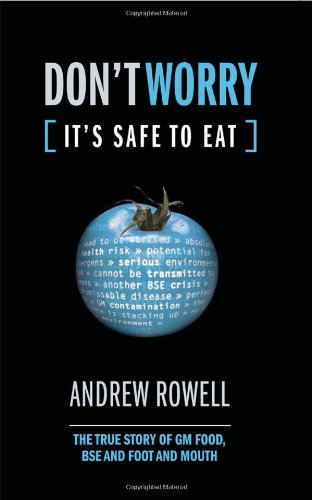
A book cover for Don't Worry (It's Safe to Eat): The True Story of GM Food, BSE and Foot and Mouth; Andrew Rowell; Health, Fitness & Dieting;